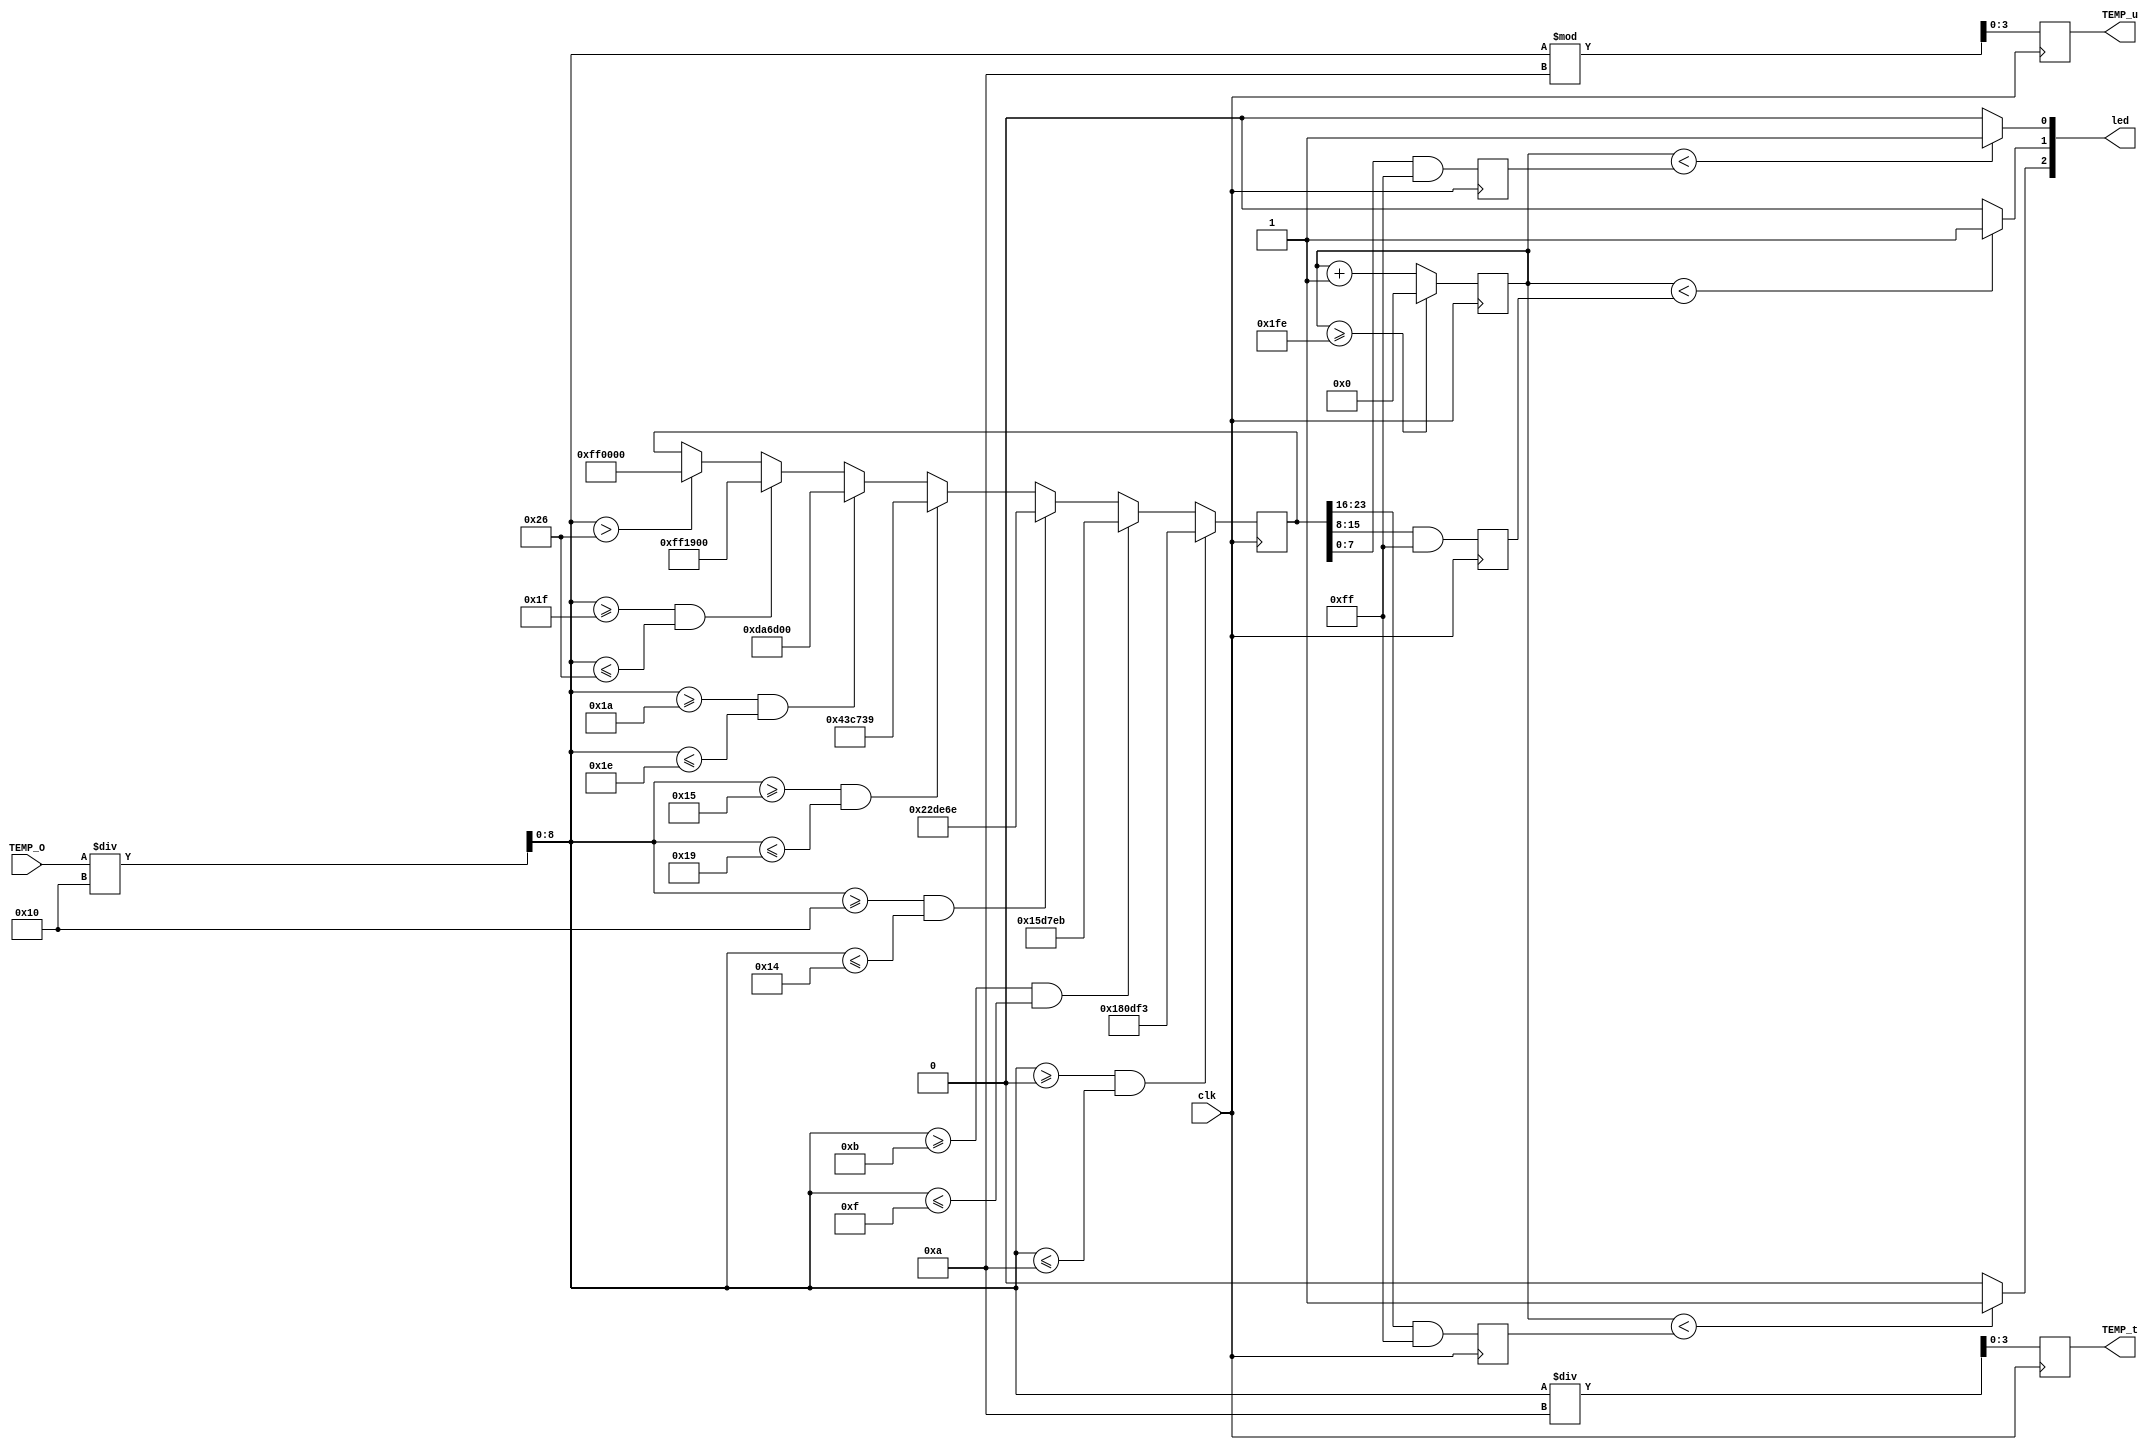
`timescale 1ns/1ps

module tmp_translate (clk ,TEMP_O, TEMP_t, TEMP_u, led);

input clk;
input [12:0]TEMP_O;

output reg[3:0]TEMP_t, TEMP_u;
output [2:0]led;
reg [8:0]temp;

reg [7:0]R;
reg [7:0]G;
reg [7:0]B;

reg [23:0] nowcolor;

reg [11:0]pwm = 0;

parameter  RGB_10 =  24'h180DF3,
          RGB_15 =  24'h15D7EB,
          RGB_20 =  24'h22DE6E,         
          RGB_25 =  24'h43C739,
          RGB_30 =  24'hDA6D00,
          RGB_38 =  24'hFF1900,
          RGB_40 =  24'hFF0000;


always @(posedge clk) begin
    temp = TEMP_O / 16;
    TEMP_t <= temp /10;
    TEMP_u <= temp % 10;
    
    if(temp >= 0 && temp <= 10)
        nowcolor <= RGB_10;
    else if(temp >= 11 && temp <= 15)
        nowcolor <= RGB_15;
    else if (temp >= 16 && temp <= 20)
        nowcolor <= RGB_20;
    else if(temp >= 21 && temp <= 25)
        nowcolor <= RGB_25;
    else if(temp >= 26 && temp <= 30)
        nowcolor <= RGB_30;
    else if(temp >= 31 && temp <= 38)
        nowcolor <= RGB_38;
    else if(temp > 38)
        nowcolor <= RGB_40;

    R <= (nowcolor >> 16) & 8'hFF;
    G <= (nowcolor >> 8) & 8'hFF;
    B <= nowcolor & 8'hFF;

end

always @(posedge clk) begin
    if(pwm >= 510)
        pwm <= 0;
    else
        pwm <= pwm + 1;
end

    assign led[2] = (pwm < R) ? 1 : 0;
    assign led[1] = (pwm < G) ? 1 : 0;
    assign led[0] = (pwm < B) ? 1 : 0;

endmodule